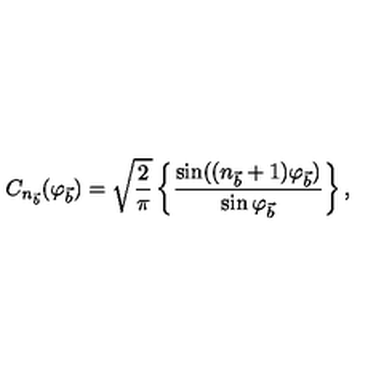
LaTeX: C _ { n _ { \vec { b } } } ( \varphi _ { \vec { b } } ) = \sqrt { \frac { 2 } { \pi } } \left\{ \frac { \sin ( ( n _ { \vec { b } } + 1 ) \varphi _ { \vec { b } } ) } { \sin \varphi _ { \vec { b } } } \right\} ,